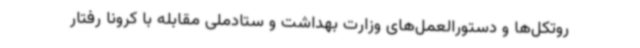
روتکل‌ها و دستورالعمل‌های وزارت بهداشت و ستادملی مقابله با کرونا رفتار